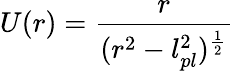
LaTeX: U(r)={\frac{r}{(r^{2}-l_{pl}^{2})^{\frac{1}{2}}}}